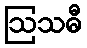
ဩသဓီ